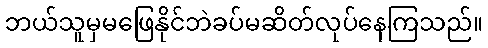
ဘယ်သူမှမဖြေနိုင်ဘဲခပ်မဆိတ်လုပ်နေကြသည်။